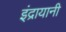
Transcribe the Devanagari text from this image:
इंद्रायानी